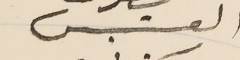
القس